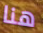
هنا